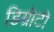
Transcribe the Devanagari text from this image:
डिग्रीटी